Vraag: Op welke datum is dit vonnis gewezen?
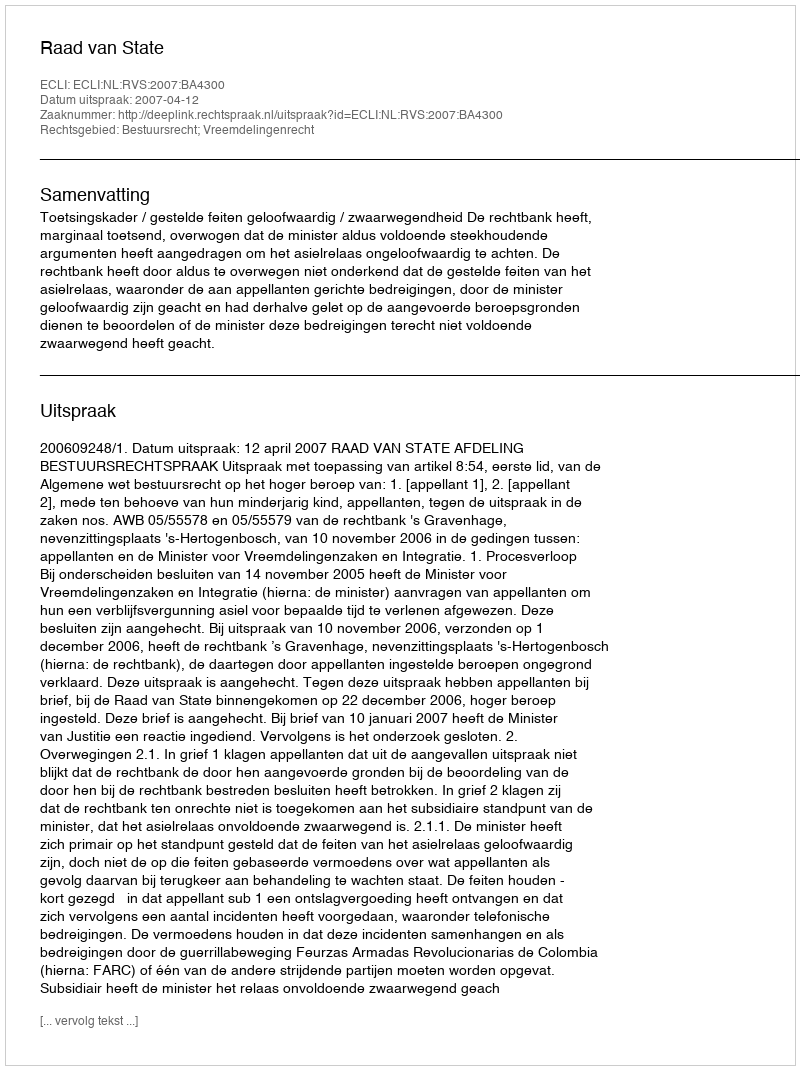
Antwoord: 2007-04-12